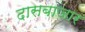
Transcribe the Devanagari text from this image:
दासबाजार